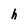
Character: h